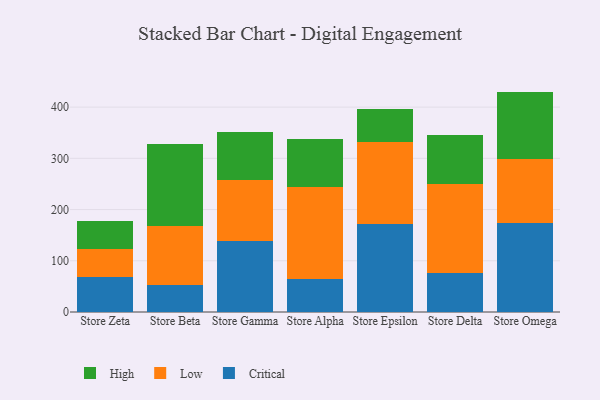
{"axis": {"x": "Store", "y": "Waste Production (Tons)"}, "legend": ["Critical", "High", "Low"], "data": [{"x": "Store Zeta", "y": 67.8, "type": "Critical"}, {"x": "Store Zeta", "y": 55.5, "type": "Low"}, {"x": "Store Zeta", "y": 53.5, "type": "High"}, {"x": "Store Beta", "y": 53.5, "type": "Critical"}, {"x": "Store Beta", "y": 114.3, "type": "Low"}, {"x": "Store Beta", "y": 160.3, "type": "High"}, {"x": "Store Gamma", "y": 138.4, "type": "Critical"}, {"x": "Store Gamma", "y": 119.6, "type": "Low"}, {"x": "Store Gamma", "y": 93.3, "type": "High"}, {"x": "Store Alpha", "y": 65.4, "type": "Critical"}, {"x": "Store Alpha", "y": 178.8, "type": "Low"}, {"x": "Store Alpha", "y": 94.2, "type": "High"}, {"x": "Store Epsilon", "y": 172.4, "type": "Critical"}, {"x": "Store Epsilon", "y": 159.0, "type": "Low"}, {"x": "Store Epsilon", "y": 64.0, "type": "High"}, {"x": "Store Delta", "y": 76.0, "type": "Critical"}, {"x": "Store Delta", "y": 173.3, "type": "Low"}, {"x": "Store Delta", "y": 96.6, "type": "High"}, {"x": "Store Omega", "y": 172.9, "type": "Critical"}, {"x": "Store Omega", "y": 126.5, "type": "Low"}, {"x": "Store Omega", "y": 130.9, "type": "High"}]}